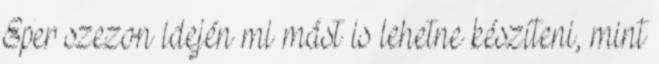
Eper szezon idején mi mást is lehetne készíteni, mint